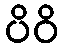
ပိဝိ